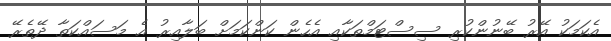
އެކަމަކު އޭރު ބޭނުންކުރި ސިސްޓަމްތަކާއި އެހެން ކަންކަމަށް ބަލާއިރު އެ މަސައްކަތާ ދޭތެރޭ